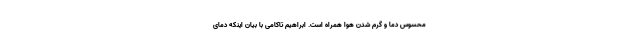
محسوس دما و گرم شدن هوا همراه است. ابراهیم تاکامی با بیان اینکه دمای